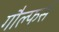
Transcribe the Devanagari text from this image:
गौल्फर्स